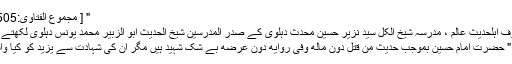
" [ مجموع الفتاوى:4/505 ]
معروف اہلحدیث عالم ، مدرسۂ شیخ الکل سیّد نزیر حسین محدث دہلویؒ کے صدر المدرّسین شیخ الحدیث ابو الزبیر محمد یونس دہلویؒ لکھتے ہیں :
" حضرت امام حسینؓ بموجب حدیث من قتل دون ماله وفی روایه دون عرضه بے شک شہید ہیں مگر ان کی شہادت سے یزید کو کیا واسطہ۔